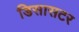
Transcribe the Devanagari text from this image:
डिसासटर